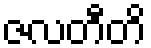
ဇလတီတိ